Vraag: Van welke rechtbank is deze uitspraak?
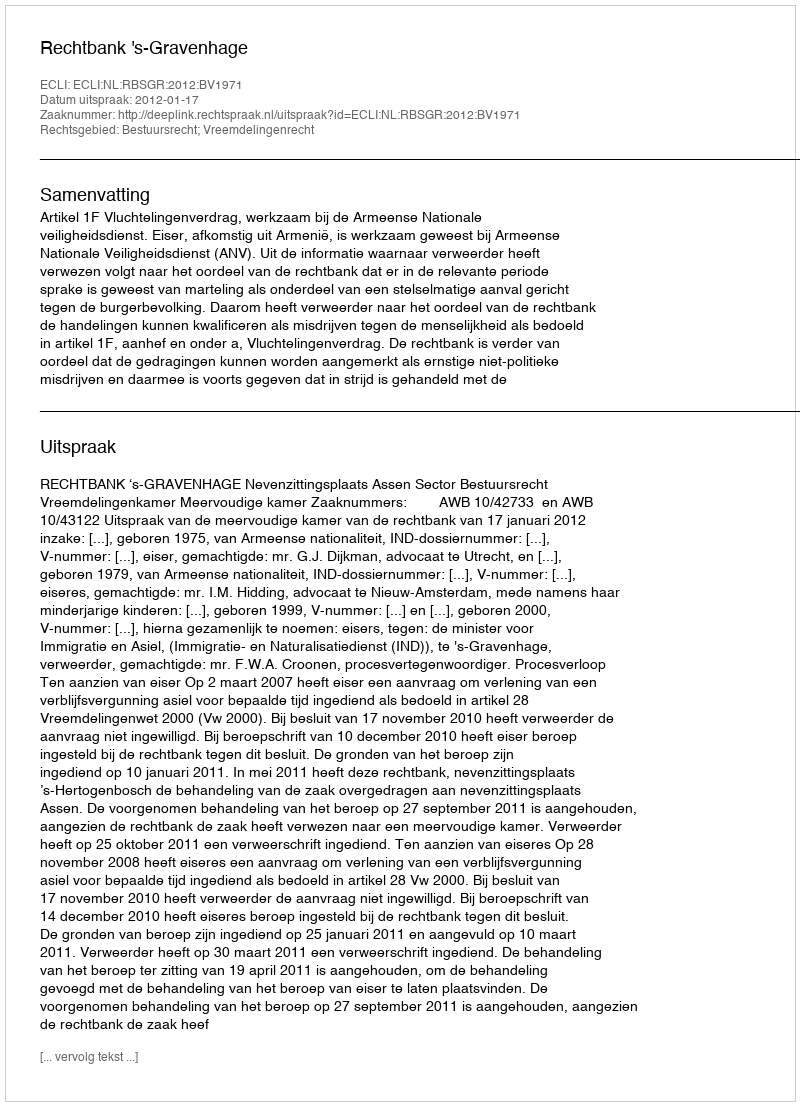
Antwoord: Rechtbank 's-Gravenhage